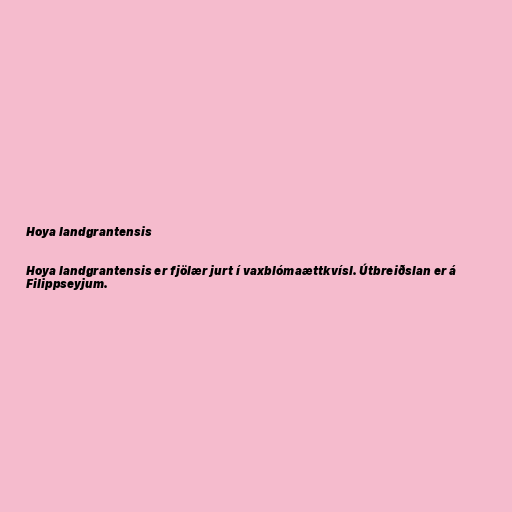
Hoya landgrantensis

Hoya landgrantensis er fjölær jurt í vaxblómaættkvísl. Útbreiðslan er á
Filippseyjum.